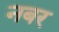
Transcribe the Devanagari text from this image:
नबर